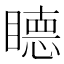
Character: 𥊸